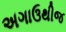
અગાઉથીજ